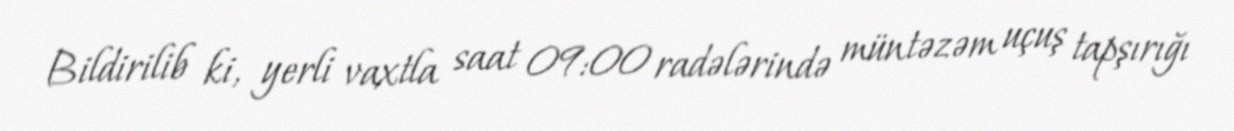
Bildirilib ki, yerli vaxtla saat 09:00 radələrində müntəzəm uçuş tapşırığı